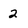
Character: 2